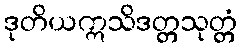
ဒုတိယဣသိဒတ္တသုတ္တံ